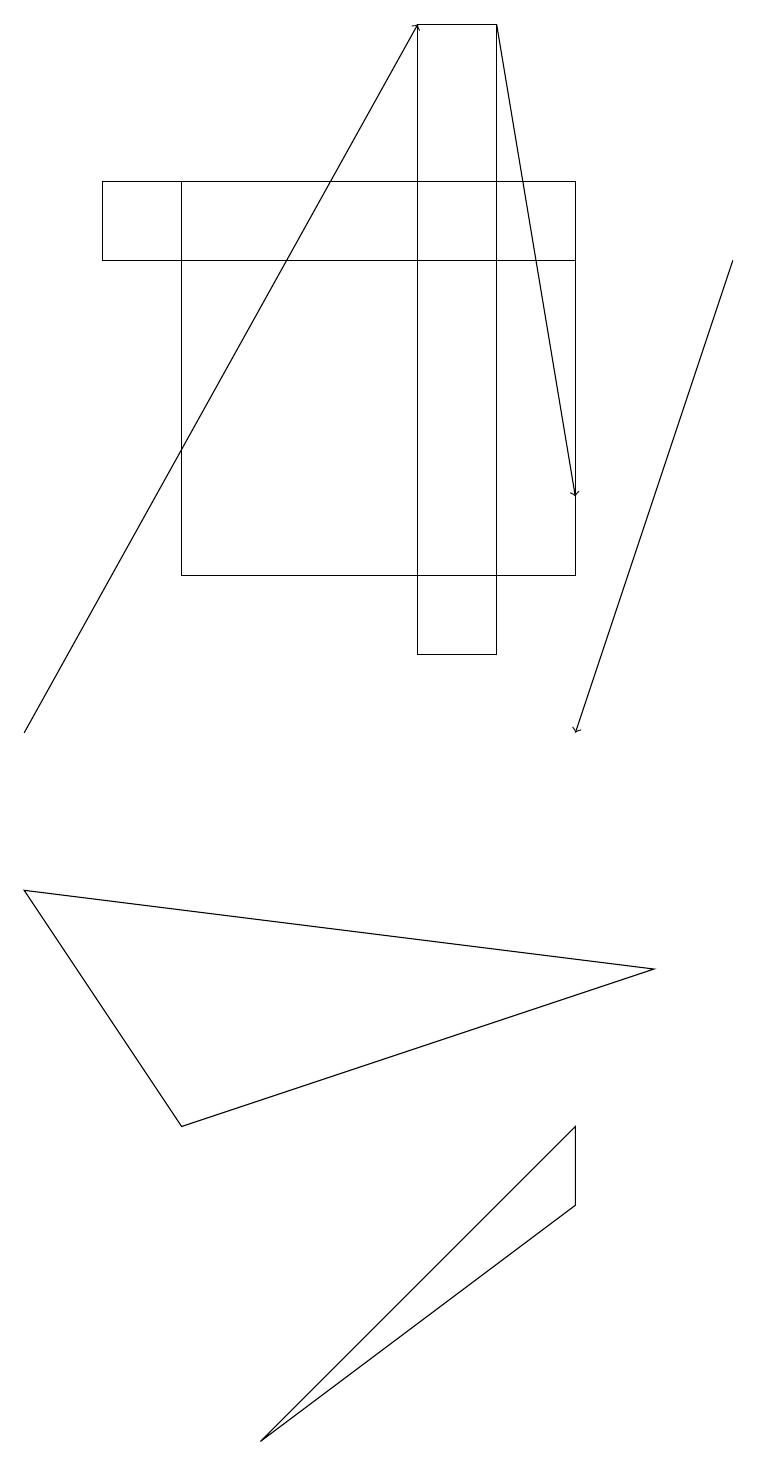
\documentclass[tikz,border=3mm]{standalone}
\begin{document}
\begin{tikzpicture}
\draw[->] (9,16) -- (7,10);
\draw (2,5) -- (0,8) -- (8,7) -- cycle;
\draw (5,19) rectangle (6,11);
\draw (7,5) -- (3,1) -- (7,4) -- cycle;
\draw[->] (6,19) -- (7,13);
\draw[->] (0,10) -- (5,19);
\draw (1,16) rectangle (7,17);
\draw (7,12) rectangle (2,17);
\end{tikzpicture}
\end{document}